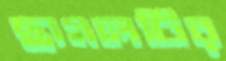
ছাগলটির